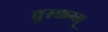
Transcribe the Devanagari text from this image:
तुस्कन्य्